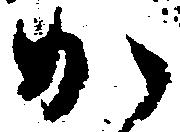
か